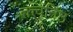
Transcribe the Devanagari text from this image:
तत्त्वनिष्ठं